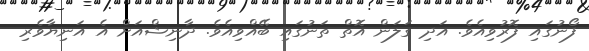
ފޯނުގައި ފޮރުވިއެވެ. އަދި ގަލަން އޮތް ތަނުގައި ބޭއްވިއެވެ. ދާނިޝްއަށް އެ އަނިޔާވެރި